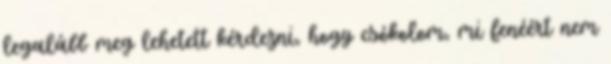
legalább meg lehetett kérdezni, hogy csókolom, mi fenéért nem